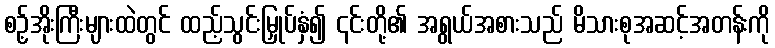
စဥ့်အိုးကြီးများထဲတွင် ထည့်သွင်းမြှုပ်နှံ၍ ၎င်းတို့၏ အရွယ်အစားသည် မိသားစုအဆင့်အတန်းကို